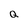
Character: Q